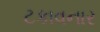
ટકાવનાર